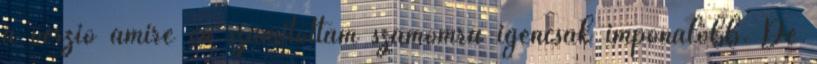
a verzió amire én számítottam számomra igencsak imponálóbb. De